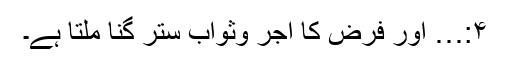
۴:… اور فرض کا اجر وثواب ستر گنا ملتا ہے۔